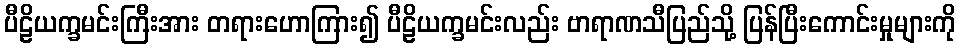
ပီဠိယက္ခမင်းကြီးအား တရားဟောကြား၍ ပီဠိယက္ခမင်းလည်း ဗာရာဏသီပြည်သို့ ပြန်ပြီးကောင်းမှုများကို